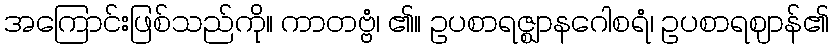
အကြောင်းဖြစ်သည်ကို။ ကာတဗ္ဗံ၊ ၏။ ဥပစာရဇ္ဈာနဂေါစရံ၊ ဥပစာရဈာန်၏